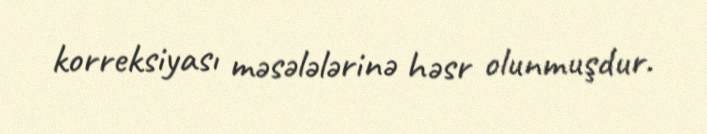
korreksiyası məsələlərinə həsr olunmuşdur.